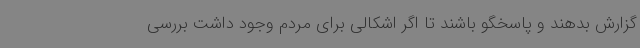
گزارش بدهند و پاسخگو باشند تا اگر اشکالی برای مردم وجود داشت بررسی